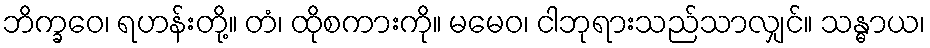
ဘိက္ခဝေ၊ ရဟန်းတို့။ တံ၊ ထိုစကားကို။ မမေဝ၊ ငါဘုရားသည်သာလျှင်။ သန္ဓာယ၊